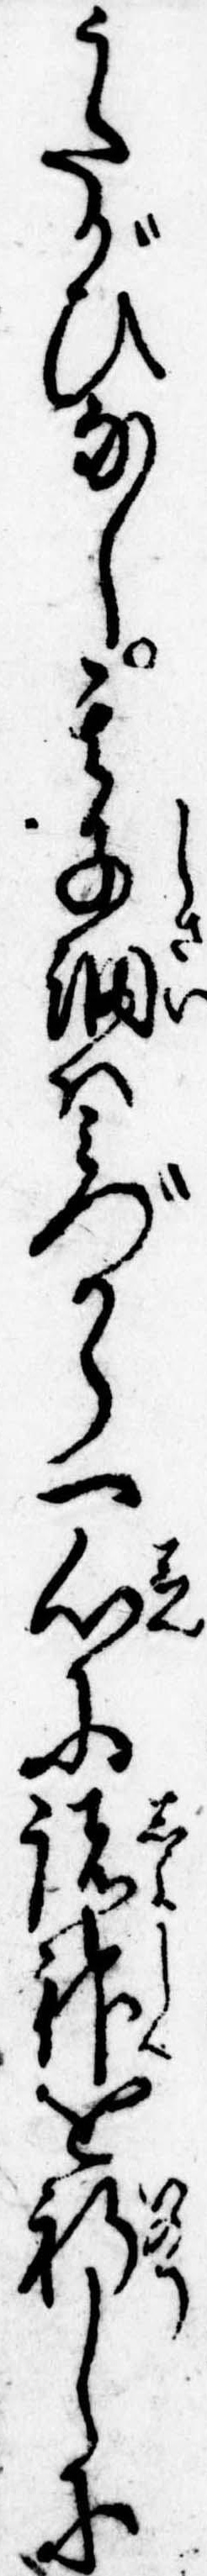
うたがひなし其子細はみづから一心に諸神を祈しに